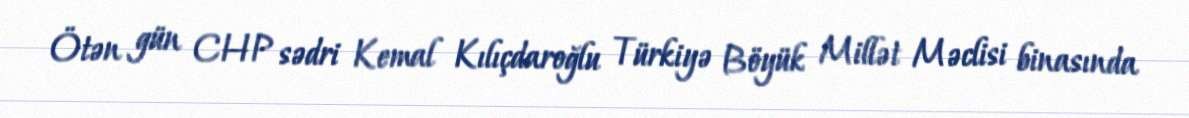
Ötən gün CHP sədri Kemal Kılıçdaroğlu Türkiyə Böyük Millət Məclisi binasında